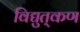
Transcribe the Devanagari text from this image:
विद्युत्‌कण